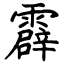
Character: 霹